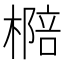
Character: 㯁